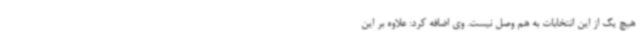
هیچ یک از این انتخابات به هم وصل نیست. وی اضافه کرد: علاوه بر این